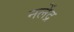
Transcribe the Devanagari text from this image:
नलेंद्र